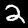
Label: 2